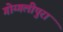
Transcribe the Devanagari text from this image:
गोग्गलीपुरा